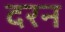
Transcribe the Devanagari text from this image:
दरन